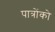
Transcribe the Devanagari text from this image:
पात्रोंको